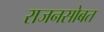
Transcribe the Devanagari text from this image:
राजनसोबत